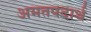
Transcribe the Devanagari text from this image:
अमतपदार्थ